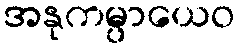
အနုကမ္ပာယေဝ